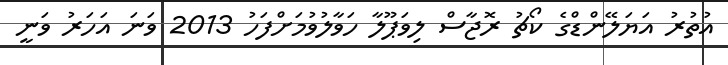
އުތުރު އަޔަލޭންޑްގެ ކޯޗު ރޮޖާސް ލިވަޕޫލާ ހަވާލުވުމަށްފަހު 2013 ވަނަ އަހަރު ވަނީ